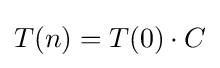
T(n)=T(0)\cdot C